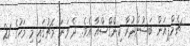
ޗެމްޕިއަން ބަޝުންދުރާ ކިންގްސްއާ އެވެ. ދެ ވަނަ މެޗުގައި މި މަހުގެ 21